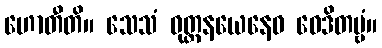
ဟောတီတိ။ သေသံ ဝုတ္တနယေနေဝ ဝေဒိတဗ္ဗံ။